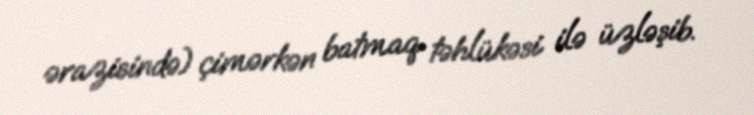
ərazisində) çimərkən batmaq təhlükəsi ilə üzləşib.